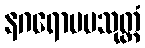
နဂရောပမသုတ္တံ